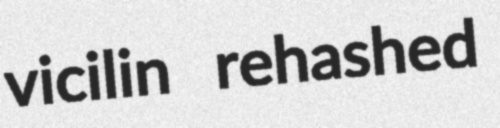
vicilin rehashed